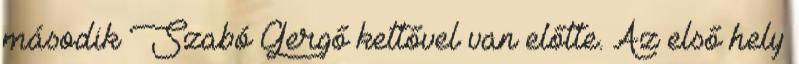
második Szabó Gergő kettővel van előtte. Az első hely